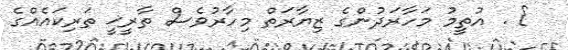
} . އުތީމު މަހާރަދުންގެ ޒިޔާރަތް މިހާރުވެސް ތާރީޚީ ތަރިކައެއްގެ